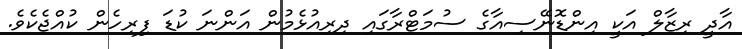
އާދީ ރިޒާލް އަކީ އިންޑޮނޭސިއާގެ ސުމަޓްރާގައި ދިރިއުޅެމުން އަންނަ ކުޑަ ފިރިހެން ކުއްޖެކެވެ.